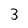
Character: 3